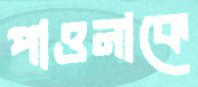
পাওনাকে